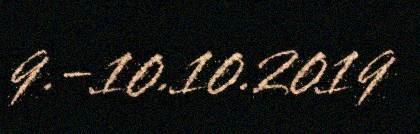
9.-10.10.2019